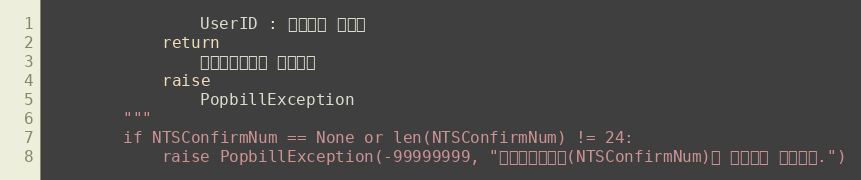
Language: Python
                UserID : 팝빌회원 아이디
            return
                전자세금계산서 정보객체
            raise
                PopbillException
        """
        if NTSConfirmNum == None or len(NTSConfirmNum) != 24:
            raise PopbillException(-99999999, "국세청승인번호(NTSConfirmNum)가 올바르지 않습니다.")